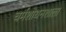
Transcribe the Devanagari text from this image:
चर्मशोधनशाला